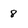
Character: 8